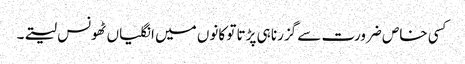
کسی خاص ضرورت سے گزرنا ہی پڑتا تو کانوں میں انگلیاں ٹھونس لیتے۔